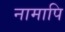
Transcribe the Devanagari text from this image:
नामापि